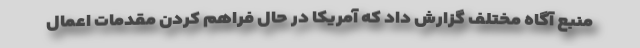
منبع آگاه مختلف گزارش داد که آمریکا در حال فراهم کردن مقدمات اعمال